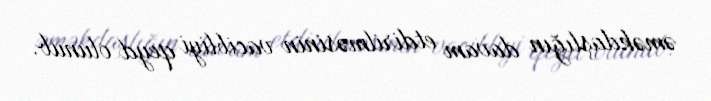
əməkdaşlığın davam etdirilməsinin vacibliyi qeyd olunub.